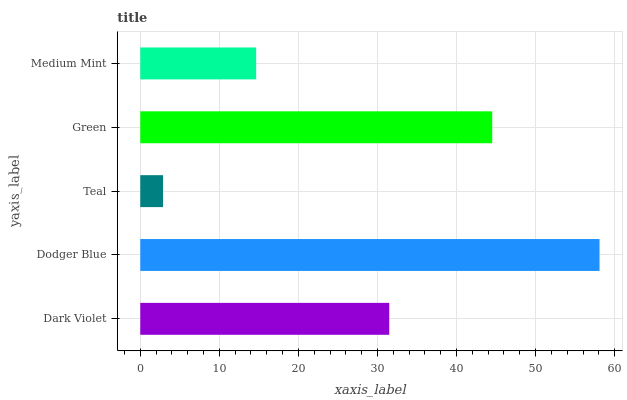
| yaxis_label | bars |
 | --- | --- |
 | Dark Violet | 31.5 |
 | Dodger Blue | 58.1 |
 | Teal | 2.88 |
 | Green | 44.5 |
 | Medium Mint | 14.7 |